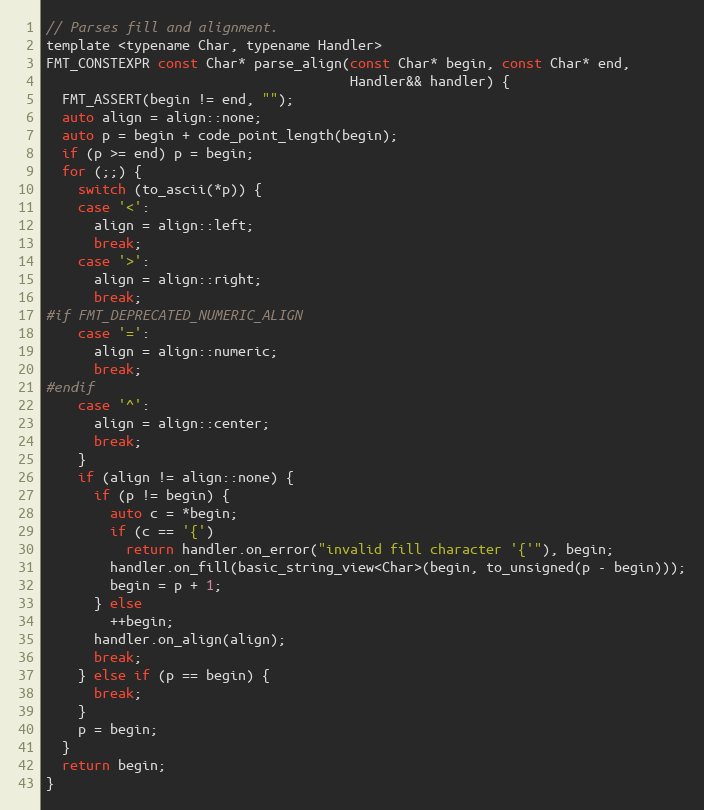
Language: C
// Parses fill and alignment.
template <typename Char, typename Handler>
FMT_CONSTEXPR const Char* parse_align(const Char* begin, const Char* end,
                                      Handler&& handler) {
  FMT_ASSERT(begin != end, "");
  auto align = align::none;
  auto p = begin + code_point_length(begin);
  if (p >= end) p = begin;
  for (;;) {
    switch (to_ascii(*p)) {
    case '<':
      align = align::left;
      break;
    case '>':
      align = align::right;
      break;
#if FMT_DEPRECATED_NUMERIC_ALIGN
    case '=':
      align = align::numeric;
      break;
#endif
    case '^':
      align = align::center;
      break;
    }
    if (align != align::none) {
      if (p != begin) {
        auto c = *begin;
        if (c == '{')
          return handler.on_error("invalid fill character '{'"), begin;
        handler.on_fill(basic_string_view<Char>(begin, to_unsigned(p - begin)));
        begin = p + 1;
      } else
        ++begin;
      handler.on_align(align);
      break;
    } else if (p == begin) {
      break;
    }
    p = begin;
  }
  return begin;
}